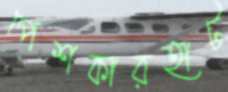
পেশকারহাট